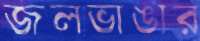
জলভাঙার